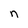
Character: n